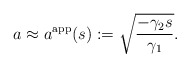
\begin{align*} a\approx a^\mathrm{app}(s) := \sqrt{\frac{-\gamma_2 s}{\gamma_1}}.\end{align*}